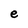
Character: e